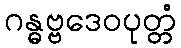
ဂန္ဓဗ္ဗဒေဝပုတ္တံ